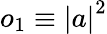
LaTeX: o_{1}\equiv\left|a\right|^{2}